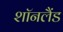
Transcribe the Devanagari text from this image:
शॉनलैंड